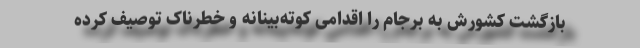
باز‌گشت کشورش به برجام را اقدامی کوته‌بینانه و خطر‌ناک توصیف کرده